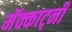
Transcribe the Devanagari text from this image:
मॅक्कार्ट्नी